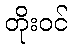
တိုးဝင်